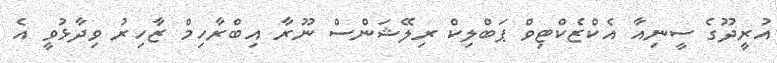
އުރީދޫގެ ސީނިއާ އެކްޒެކްޓިވް ޕަބްލިކް ރިލޭޝަންސް ނޫރާ އިބްރާހިމް ޒާހިރު ވިދާޅުވީ އެ